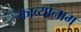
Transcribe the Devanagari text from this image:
काव्यानाम्